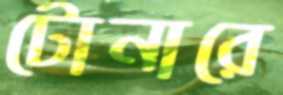
টোনারে